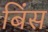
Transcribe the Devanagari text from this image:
बिंस